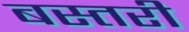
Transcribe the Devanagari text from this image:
बस्तरी